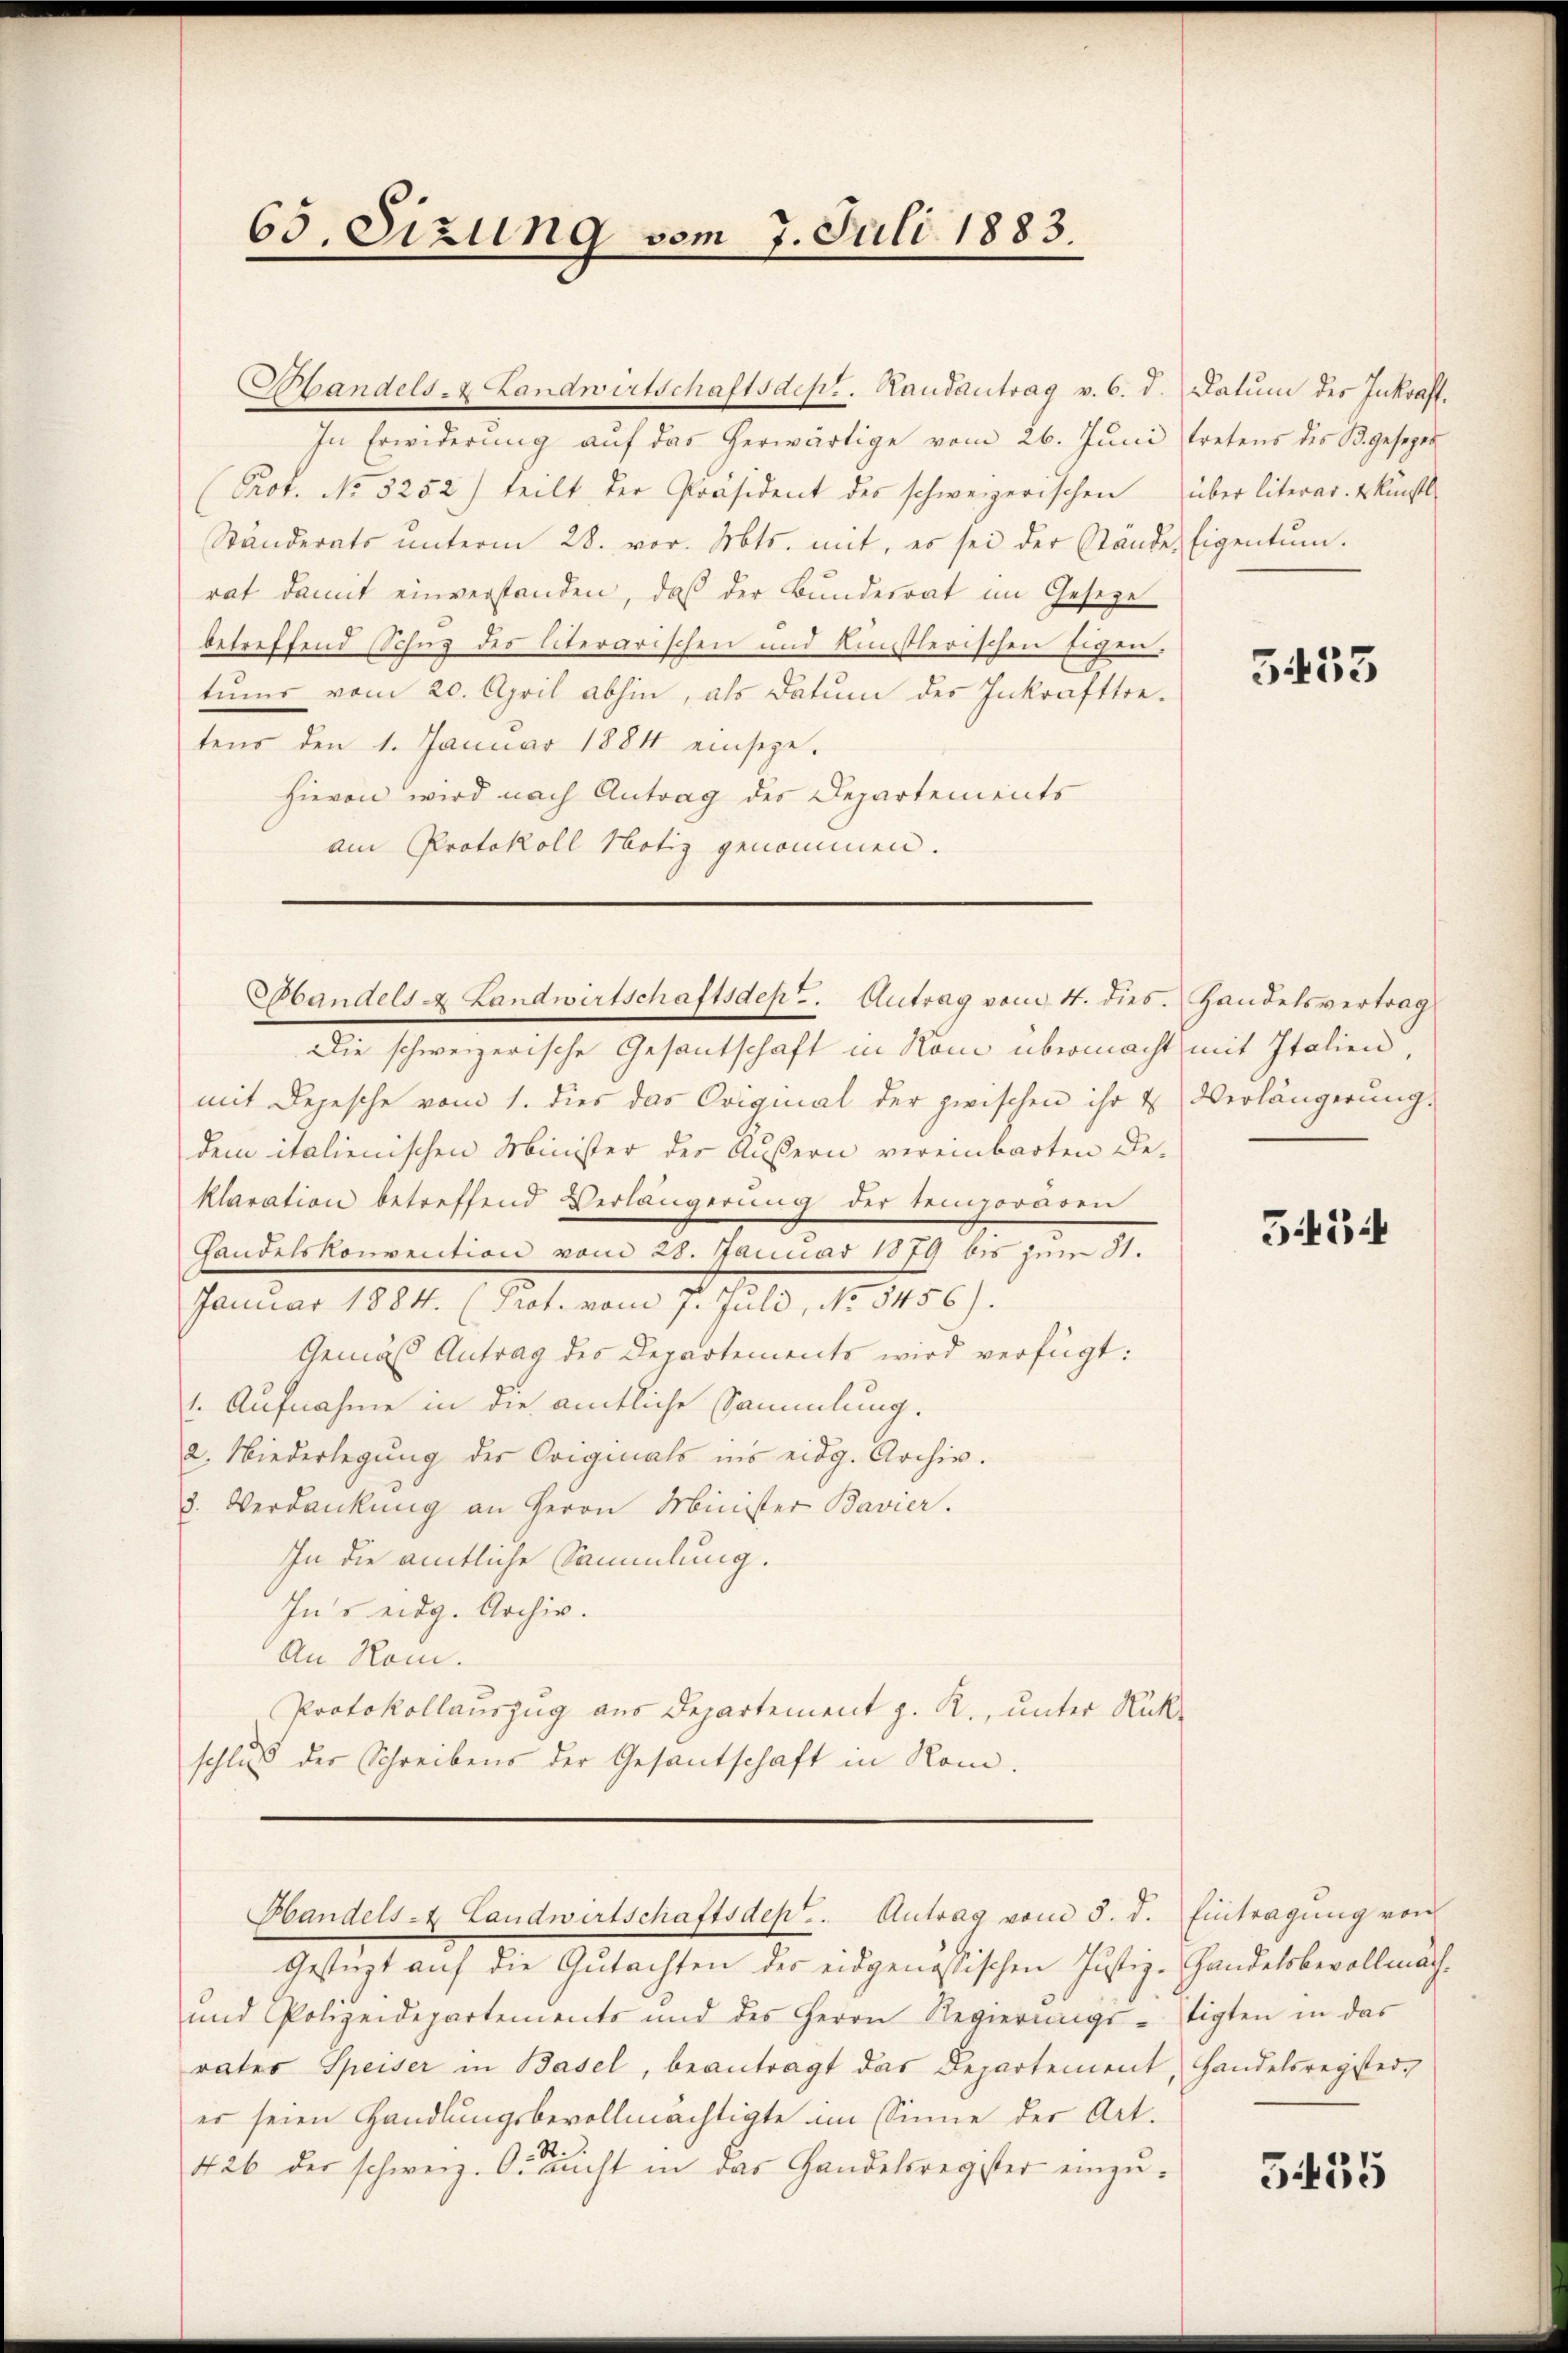
65. Sizung vom 7. Juli 1883.

In Erwiderung auf das herwärtige vom 26. Juni tretens des B. gesezet
Prof. No 5252) teilt der Präsident des schweizerischen über literar. Urkunft
Ständerats ŭnterm 28. vor. Mts. mit, es sei der Stände Eigentum.
rat damit einverstanden, daß der Bundesrat im Geseze
betreffend Schuz der literarischen und künstlerischen Eigen-
tŭms vom 20. April abhin, als Datum des Inkrafttretens den 1. Januar 1884 einsege-
hievon wird nach Antrag des Departements
am Protokoll Notiz genommen.

Mandels- & Landwirtschaftsdept. Randantrag v. 6. d. Datum des Inkraft.

mit Depesche vom 1. dies das Original der zwischen ihr u Verlängerŭng.
dem italienischen Minister des Äußern vereinbarten De-
klaration betreffend Verlängerŭng der temporären
Handelskonvention vom 28. Januar 1879 bis zum 31.
Januar 1884. (Prof. vom 7. Juli, No 8456).
Gemäß Antrag des Departements wird verfügt:
1. Aufnahme in die amtliche Sammlung.
2. Niederlegung der Originals ins eidg. Archiv.
8. Verdankung an Herrn Minister Bavier.
In die amtliche Sammlung.
Ins eidg. Archiv.
An Rom.
Protokollauszug aus Departement z. R., unter Rückschluß der Schreibens der Gesandschaft in Rom.
Handels- Landwirtschaftsdep.. Antrag vom 5. d. Eintragŭng von
Gestüzt auf die Gutachten der eidgenössischen Justiz-Handelsbevollmäch¬
und Polizeidepartements und des Herrn Regierŭngs-tigten in das
vater Speiser in Basel, beantragt das Departement, Handelsregisterer seien Handlungsbevollmächtigte im Sinne der Art.
S.
426 der schweiz. Gesucht in das Handelsregister einzu¬

Bbandels A. Landwirtschaftsdept. Antrag vom 4. dies. Handelsvertrag
Die schweizerische Gesantschaft in Non übermacht mit Italien,

5453

3454

355